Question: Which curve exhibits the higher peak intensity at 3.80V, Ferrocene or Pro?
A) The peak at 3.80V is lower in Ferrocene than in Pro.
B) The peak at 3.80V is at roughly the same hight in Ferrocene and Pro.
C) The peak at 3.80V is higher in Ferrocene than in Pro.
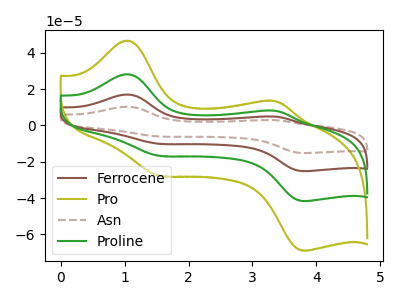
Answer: <think>The brown curve "Ferrocene" has anodic peaks at (1.05V, 56.40uA) (3.35V, 16.15uA) and cathodic peaks at (1.55V, -33.30uA) (3.80V, -83.30uA). The olive curve "Pro" has anodic peaks at (1.05V, 46.70uA) (3.35V, 13.35uA) and cathodic peaks at (1.55V, -27.55uA) (3.80V, -68.95uA). The brown dashed curve "Asn" has anodic peaks at (1.05V, 84.65uA) (3.35V, 24.20uA) and cathodic peaks at (1.55V, -49.95uA) (3.80V, -124.95uA). The green curve "Proline" has anodic peaks at (1.05V, 28.20uA) (3.35V, 8.05uA) and cathodic peaks at (1.55V, -16.65uA) (3.80V, -41.65uA).</think>
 <answer>C) The peak at 3.80V is higher in "Ferrocene" than in "Pro".</answer>
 <eval>C</eval>